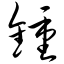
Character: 锺